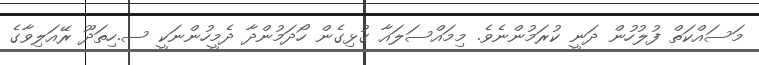
މަސައްކަތް ފުލުހުން ދަނީ ކުރަމުންނެވެ. މިމައްސަލައާ ގުޅިގެން ހޯދަމުންދާ ދެމީހުންނަކީ ސ.ހިތަދޫ ރޭއަލިވާގެ